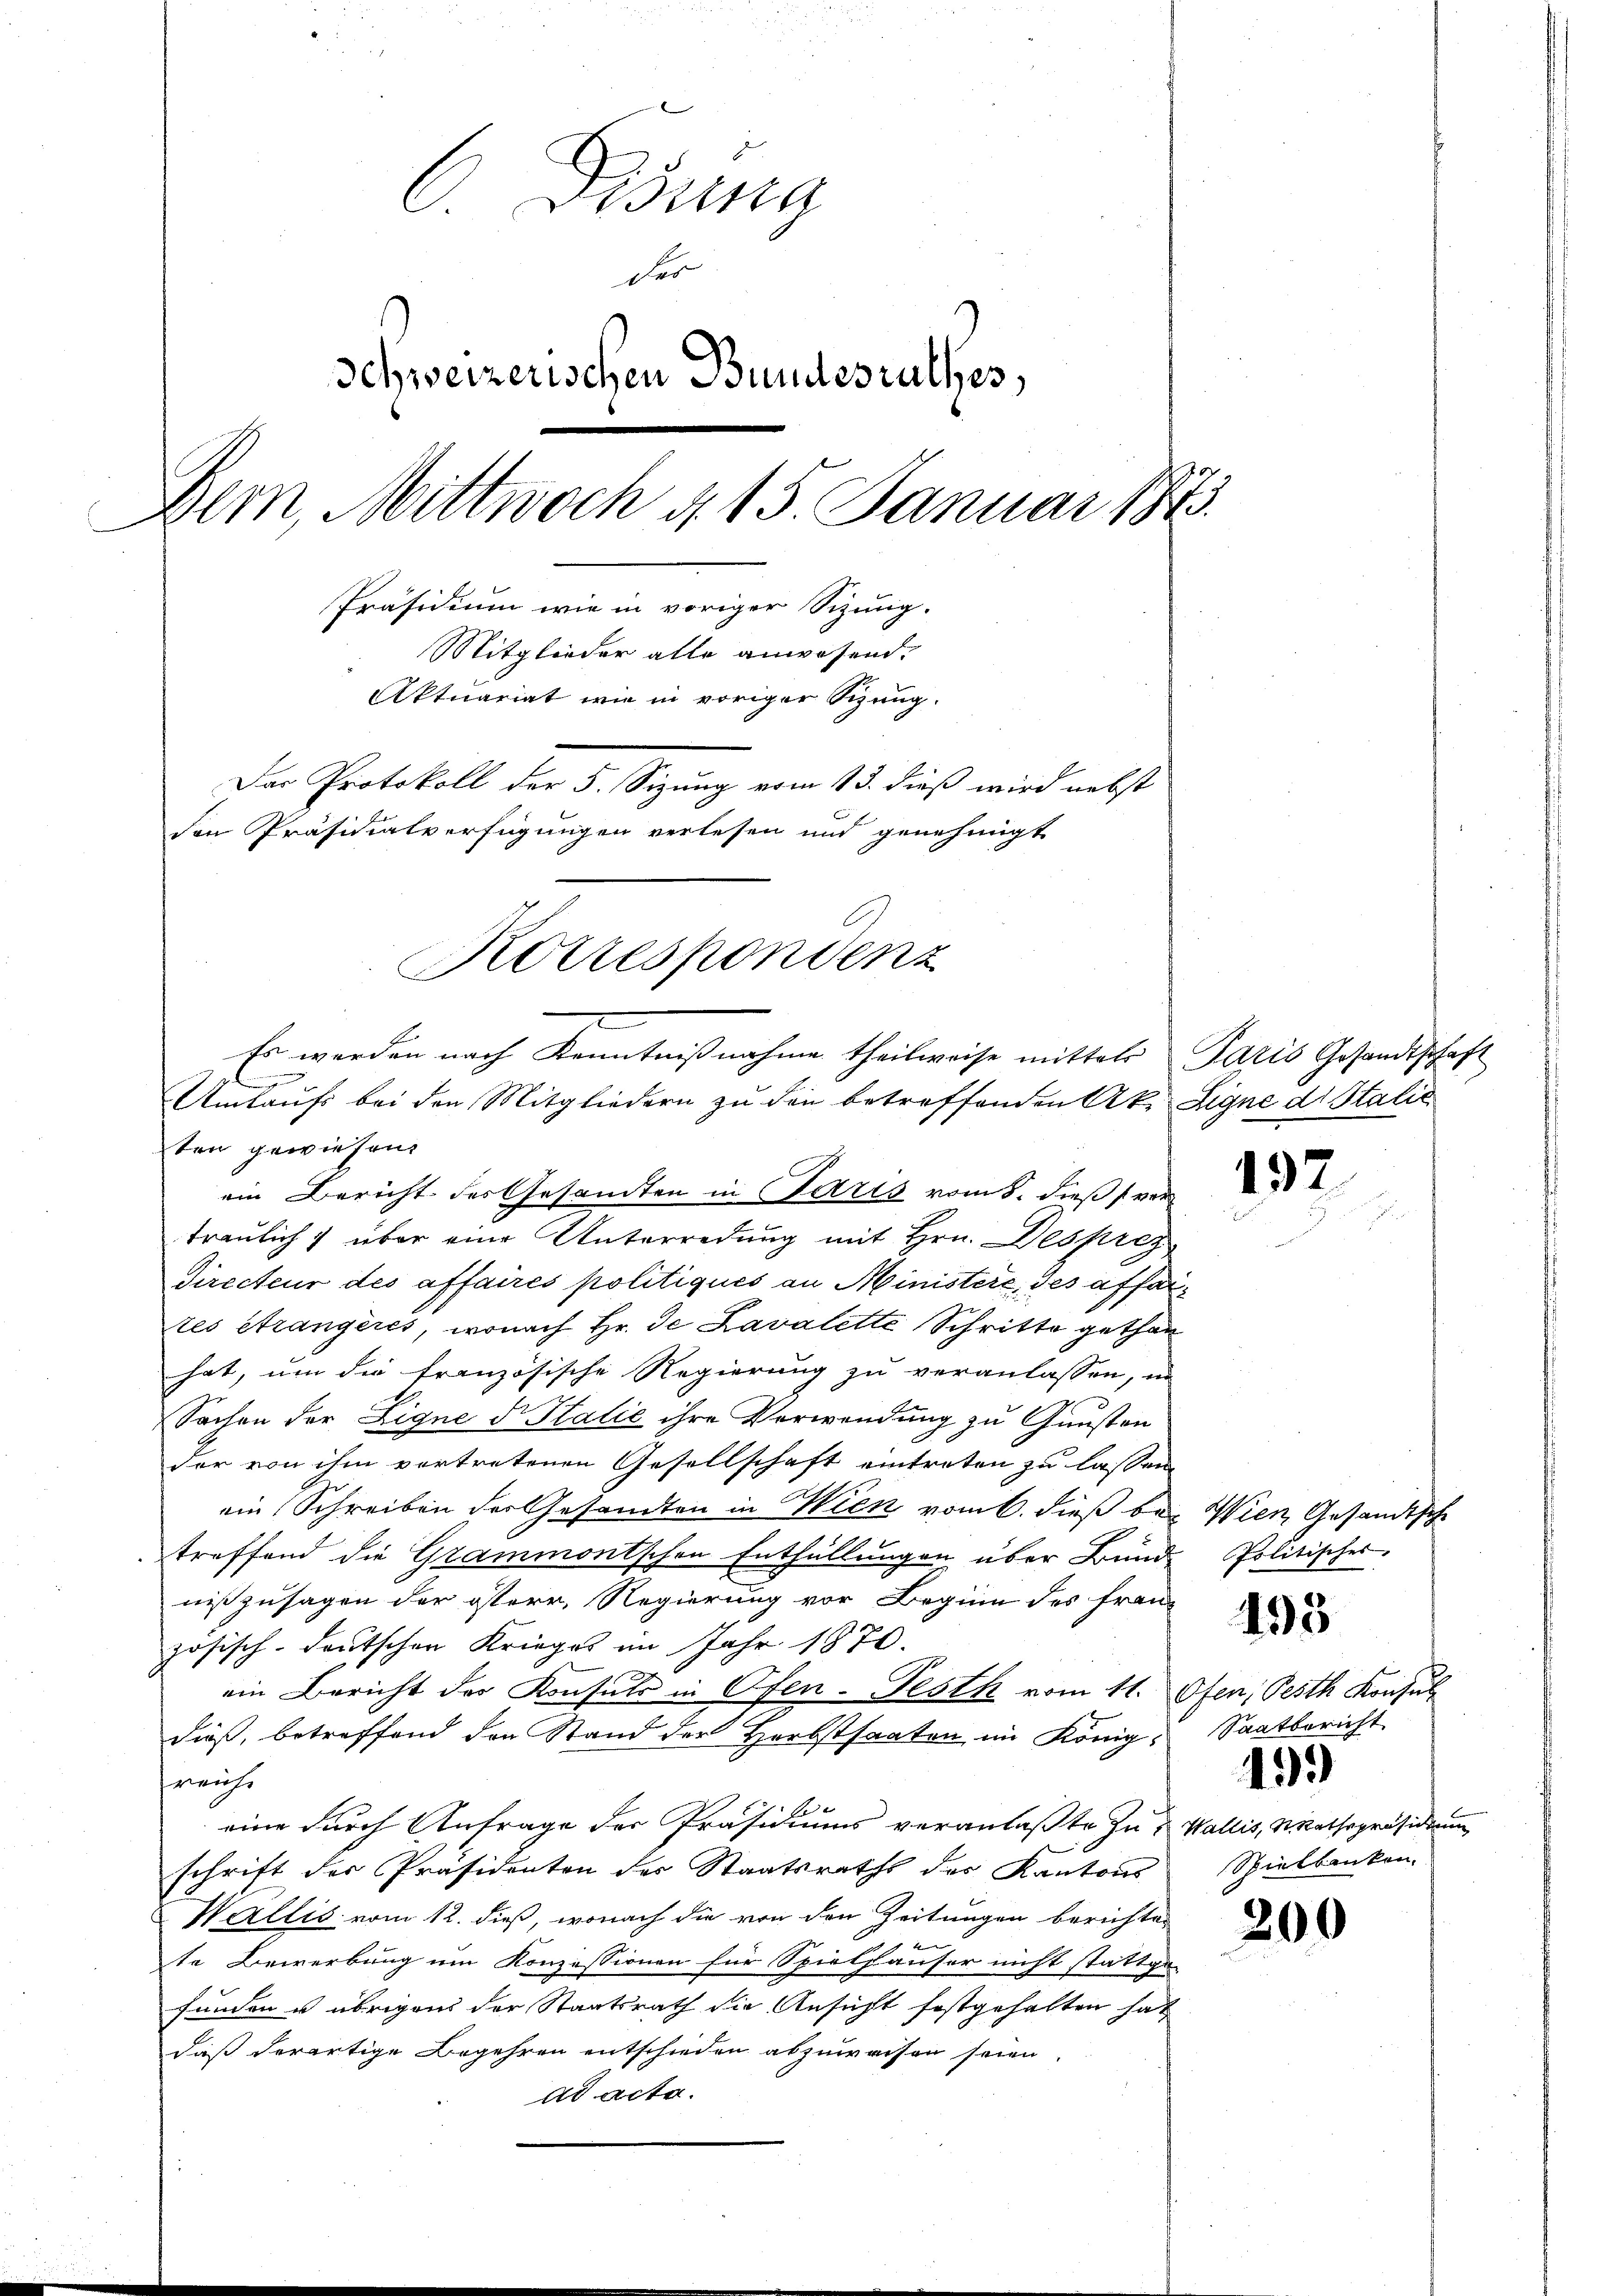
6Disung
des
Schweizerischen Bundesrathes,
Bern, Mittwoch 4. 15. Januar 1873.
Präsidium wie in voriger Sizung.
Mitglieder alle anwesend.
Aktuariat wie in voriger Sizung.
Der Protokoll der 5. Sitzung vom 13. dieß wird nebst
den Präsidialverfügungen verlesen und genehmigt
Korrespondenz
Es werden nach Kenntnißnahme theilweise mittels Paris Gesandtschaft
d
Umtaufs bei den Mitgliedern zu den betreffenden Ak. Signe dr Stalie

ten gewiesen.
ein Bericht des Gesandten in Paris vom 8. dieß ver
traulich über eine Unterredung mit Hrn. Desprez
Directeur des affaires politiques an Ministere, des affaltes étrangères, wonach Hr. De Lavalette Schritte gethan
hat, um die französische Regierung zu veranlassen, in
Sachen der Eigne d. Stalie ihre Verwendung zu Gunsten
der von ihm vortretenen Gesellschaft eintreten zu lassen
ein Schreiben der Gesandten in Wien vom 6. dieß bei Wien, Gesandtsche
treffend die Grammontschen Enthüllungen über Bund
nißzusagen der österr, Regierung vor Beginn des fran-
zösisch-deutschen Krieges im Jahr 1876.
e
ein Bericht der Konsuls in Ofen-Festh vom 11. Ofen, Pesth Konsul
dieß, betreffend den Stand der Herbstsaaten im König Saatbericht
reicht
eine durch Anfrage der Präsidiums veranlaßte zu & Wallis, Nathspräsidium
schrift der Präsidenten des Staatsraths des Kantons
Wallis vom 12. dieß, wonach die von den Zeitungen berichten
te Bewerbung um Konzessionen für Spielhäuser nicht stattge-
funden u. übrigens der Staatsrath die Ansicht festgehalten hat
daß derartige Begehren entschieden abzuweisen seien.
ad acta.

197.

Politisches.

495

4
Spielbanken.

200